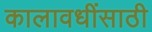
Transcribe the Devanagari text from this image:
कालावधींसाठी